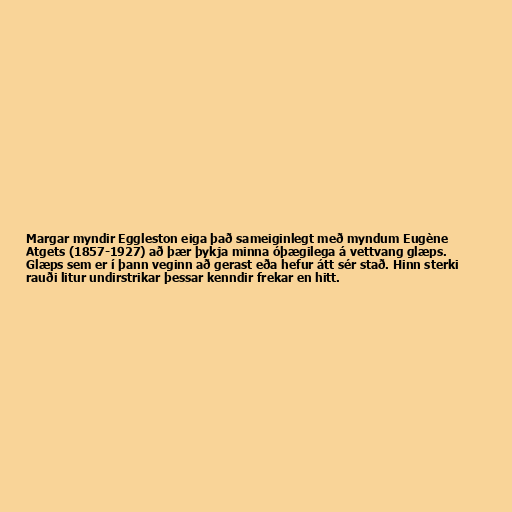
Margar myndir Eggleston eiga það sameiginlegt með myndum Eugène
Atgets (1857-1927) að þær þykja minna óþægilega á vettvang glæps.
Glæps sem er í þann veginn að gerast eða hefur átt sér stað. Hinn sterki
rauði litur undirstrikar þessar kenndir frekar en hitt.